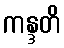
ကန္ဒတိ